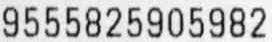
9555825905982